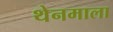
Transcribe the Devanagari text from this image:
थेनमाला